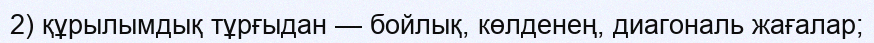
2) құрылымдық тұрғыдан — бойлық, көлденең, диагональ жағалар;